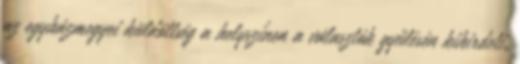
az egyházmegyei küldöttség a helyszínen a választók gyűlésén kihirdeti.